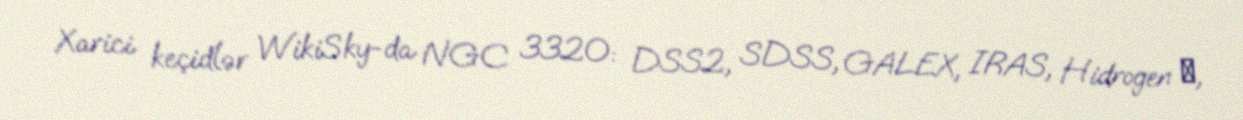
Xarici keçidlər WikiSky-da NGC 3320: DSS2, SDSS, GALEX, IRAS, Hidrogen α,